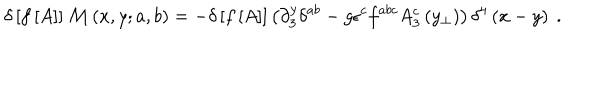
\delta \left[ f \left[ A \right] \right] { \cal M } \left( x , y ; a , b \right) = - \delta \left[ f \left[ A \right] \right] \left( \partial _ { 3 } ^ { y } \delta ^ { a b } - g \epsilon ^ { c } f ^ { a b c } A _ { 3 } ^ { c } \left( y _ { \perp } \right) \right) \delta ^ { 4 } \left( x - y \right) \ .